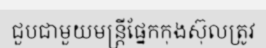
ជួបជាមួយមន្ត្រីផ្នែកកុងស៊ុលត្រូវ